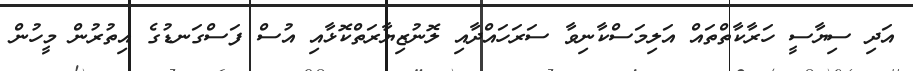
އަދި ސިޔާސީ ހަރާކާތްތައް އަލިމަސްކާނިވާ ސަރަހައްދާއި ލޮނުޒިޔާރަތްކޮޅާއި އުސް ފަސްގަނޑުގެ އިތުރުން މީހުން